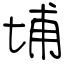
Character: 埔